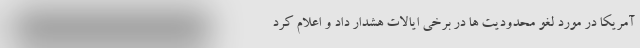
آمریکا در مورد لغو محدودیت ها در برخی ایالات هشدار داد و اعلام کرد